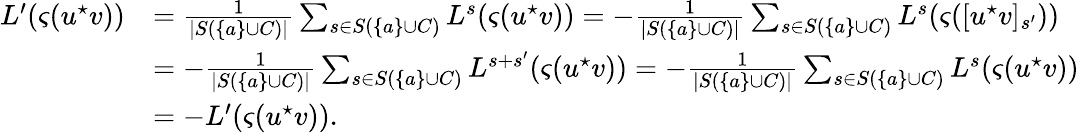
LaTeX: \begin{array}{rl}{L^{\prime}(\varsigma(u^{\star}v))}&{=\frac{1}{|S(\{ a\} \cup C)|}\sum_{s\in S(\{ a\} \cup C)}L^{s}(\varsigma(u^{\star}v))=-\frac{1}{|S(\{ a\} \cup C)|}\sum_{s\in S(\{ a\} \cup C)}L^{s}(\varsigma([u^{\star}v]_{s^{\prime}}))}\\ &{=-\frac{1}{|S(\{ a\} \cup C)|}\sum_{s\in S(\{ a\} \cup C)}L^{s+s^{\prime}}(\varsigma(u^{\star}v))=-\frac{1}{|S(\{ a\} \cup C)|}\sum_{s\in S(\{ a\} \cup C)}L^{s}(\varsigma(u^{\star}v))}\\ &{=-L^{\prime}(\varsigma(u^{\star}v)).}\end{array}